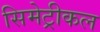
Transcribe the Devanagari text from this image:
सिमेट्रीकल